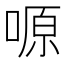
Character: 𠺿